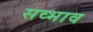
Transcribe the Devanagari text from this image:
सव्भाव